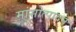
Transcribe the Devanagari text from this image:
मांसोत्पादन